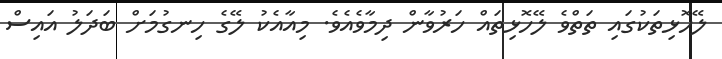
ލޭހޮޅިތަކުގައި ތަތްވެ ލޭހޮޅިތައް ހަރުވާން ދިމާވެއެވެ. މިއާއެކު ލޭގެ ހިނގުމަށް ބަދަލު އައިސް